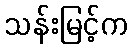
သန်းမြင့်က